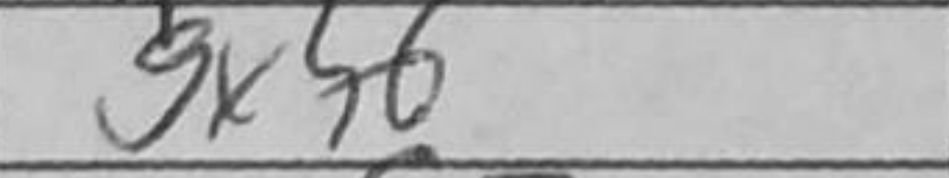
Transcription: gxh6